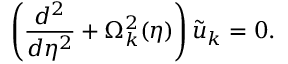
\left( \frac { d ^ { 2 } } { d \eta ^ { 2 } } + \Omega _ { k } ^ { 2 } ( \eta ) \right) \tilde { u } _ { k } = 0 .